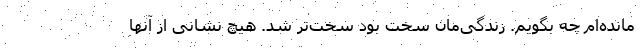
مانده‌ام چه بگویم. زندگی‌مان سخت بود سخت‌تر شد. هیچ نشانی از آنها